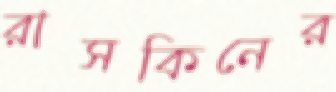
রাসকিনের